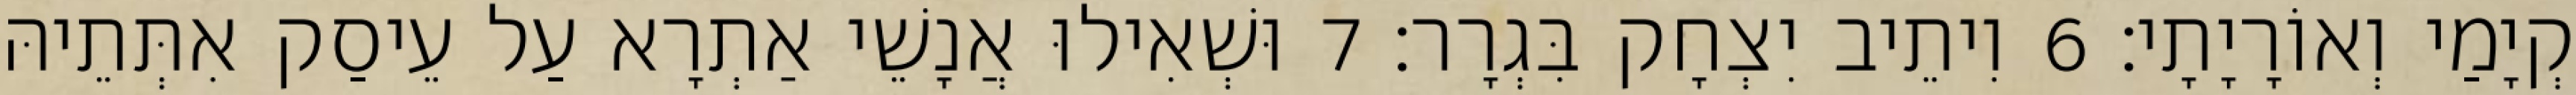
קְיָמַי וְאוֹרָיָתָי׃ 6 וִיתֵיב יִצְחָק בִּגְרָר׃ 7 וּשְׁאִילוּ אֲנָשֵׁי אַתְרָא עַל עֵיסַק אִתְּתֵיהּ